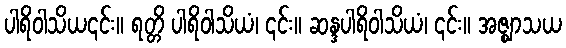
ပါရိဝါသိယ၎င်း။ ရတ္တိ ပါရိဝါသိယံ၊ ၎င်း။ ဆန္ဒပါရိဝါသိယံ၊ ၎င်း။ အဇ္ဈာသယ